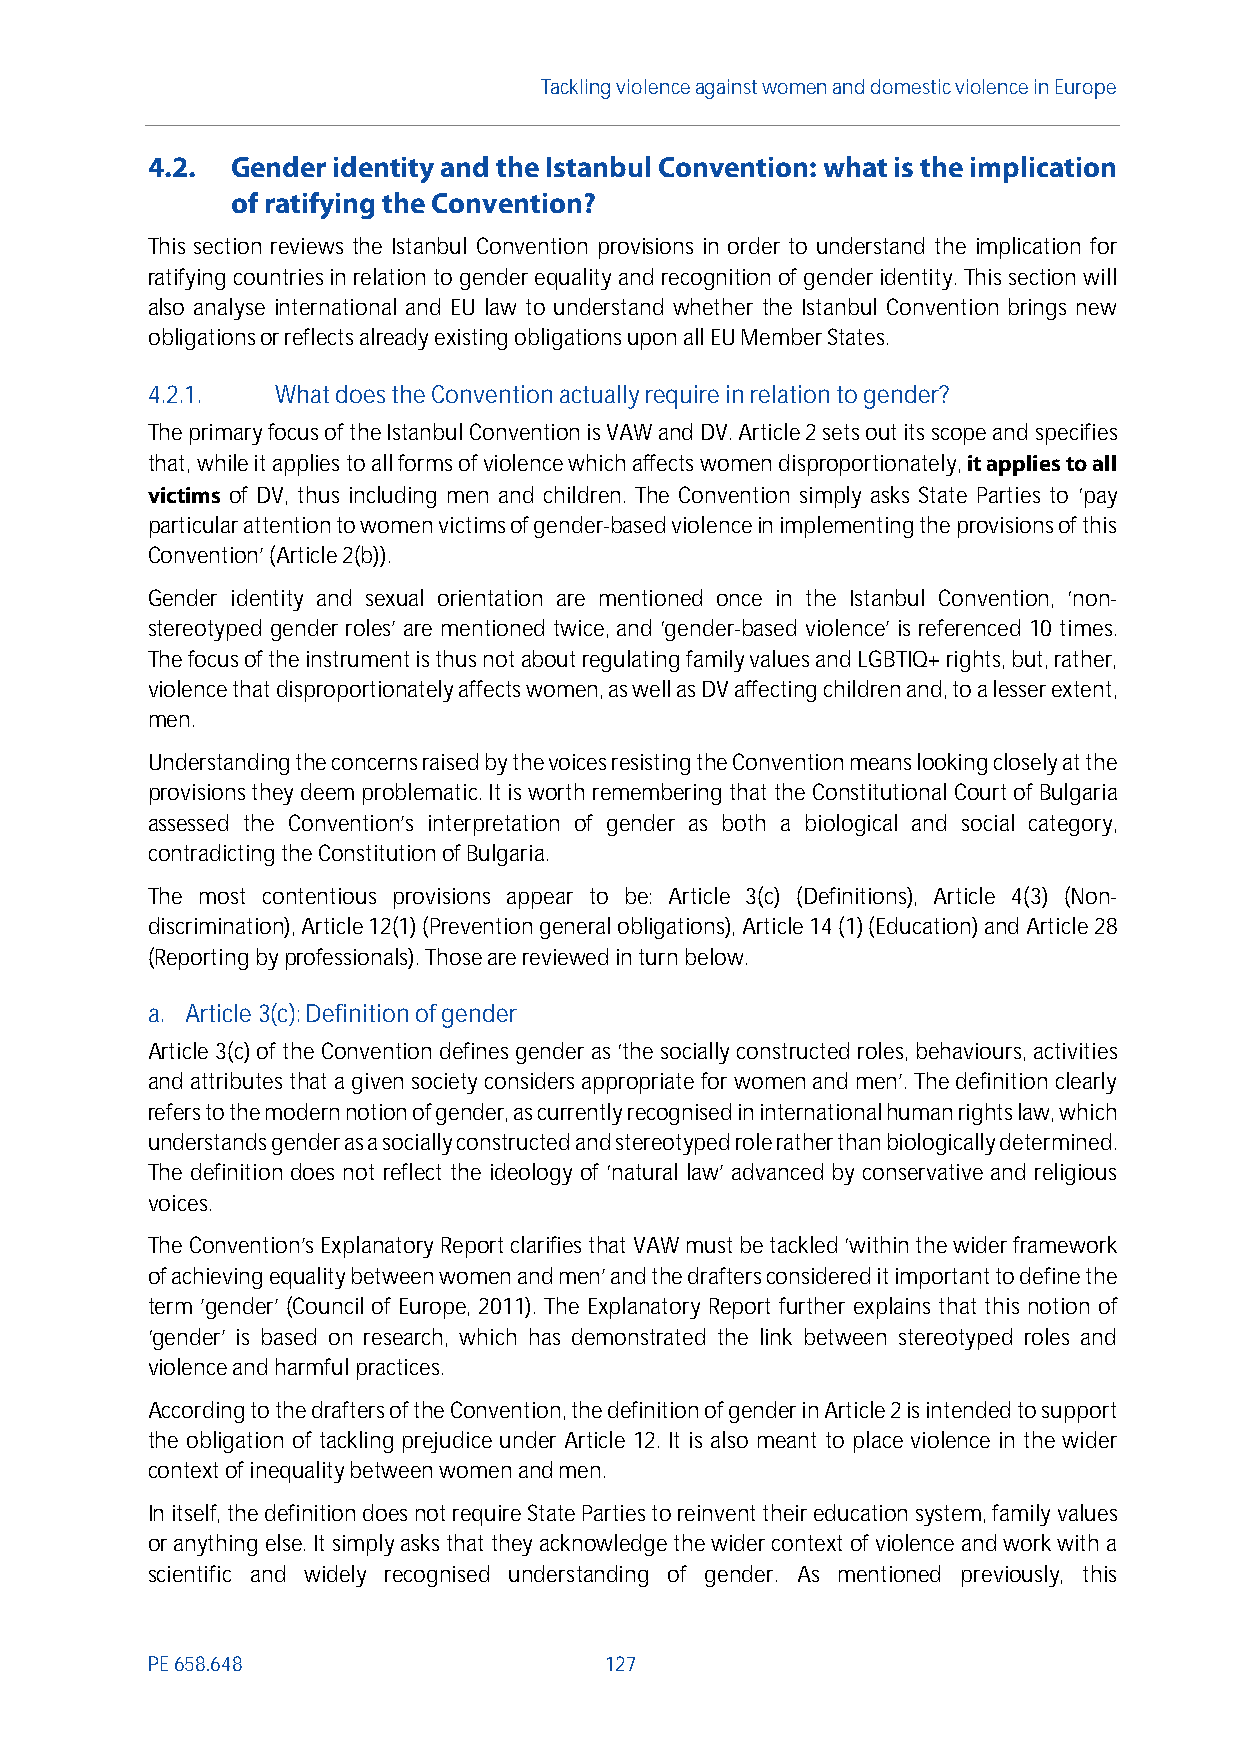
Tackling violenceagainst women and domestic violence in Europe
 4.2. Gender identity and the Istanbul Convention: what is the implication
 of ratifying the Convention?
 This section reviews the Istanbul Convention provisions in order to understand the implication for
 ratifying countriesin relation to gender equality and recognition of gender identity.This section will
 also analyse international and EU law to understand whether the Istanbul Convention brings new
 obligationsor reflects already existing obligations upon all EU Member States.
 4.2.1.  What does the Convention actually require in relation to gender?
 The primary focus of the Istanbul Convention is VAW and DV. Article 2 sets out its scope and specifies
 that, while it applies to all forms of violence which affects women disproportionately,it applies to all
 victims of DV, thus including men and children. The Convention simply asks State Parties to ‘pay
 particular attention to women victims of gender-based violencein implementing the provisions of this
 Convention’ (Article 2(b)).
 Gender identity and sexual orientation are mentioned once in the Istanbul Convention, ‘non-
 stereotyped gender roles’ are mentioned twice, and ‘gender-based violence’ is referenced 10 times.
 The focus of the instrument is thus notabout regulating family values and LGBTIQ+ rights, but, rather,
 violence that disproportionately affects women, as well as DV affecting children and, to a lesser extent,
 men.
 Understanding the concerns raised by thevoices resisting the Convention means looking closely at the
 provisions they deem problematic. It is worth remembering that the Constitutional Court of Bulgaria
 assessed the Convention’s interpretation of gender as both a biological and social category,
 contradicting the Constitution of Bulgaria.
 The most contentious provisions appear to be: Article 3(c) (Definitions), Article 4(3) (Non-
 discrimination), Article 12(1) (Prevention general obligations), Article 14 (1) (Education) and Article 28
 (Reporting byprofessionals). Those are reviewed in turn below.
 a. Article 3(c): Definition of gender
 Article 3(c) of the Convention defines gender as ‘the socially constructed roles, behaviours, activities
 and attributes that a given society considers appropriate for women and men’. The definition clearly
 refers to the modern notion of gender, as currently recognised in international human rights law, which
 understands gender as a socially constructed and stereotyped role rather than biologically determined.
 The definition does not reflect the ideology of ‘natural law’ advanced by conservative and religious
 voices.
 The Convention’s Explanatory Report clarifies that VAW must be tackled ‘within the wider framework
 of achieving equality between women and men’ and the draftersconsidered it important to define the
 term ’gender’ (Council of Europe, 2011). The Explanatory Report further explains that this notion of
 ‘gender’ is based on research, which has demonstrated the link between stereotyped roles and
 violence and harmful practices.
 According to the drafters of the Convention, the definition of gender in Article 2 is intended to support
 the obligation of tackling prejudice under Article 12. It is also meant to place violence in the wider
 context of inequality between women and men.
 In itself, the definition does not require State Parties to reinvent their education system, family values
 or anything else. It simply asks that they acknowledge the wider context of violence and work with a
 scientific and widely recognised understanding of gender. As mentioned previously, this
 PE658.648                     127